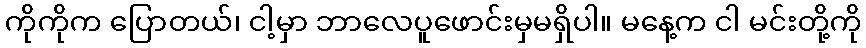
ကိုကိုက ပြောတယ်၊ ငါ့မှာ ဘာလေပူဖောင်းမှမရှိပါ။ မနေ့က ငါ မင်းတို့ကို